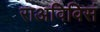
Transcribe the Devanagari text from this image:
राअविविसं